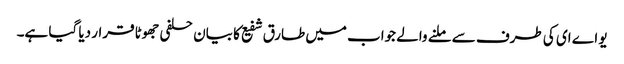
یو اے ای کی طرف سے ملنے والے جواب میں طارق شفیع کا بیان حلفی جھوٹا قرار دیا گیا ہے۔